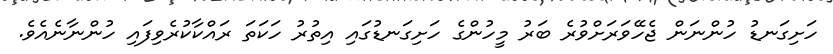
ހަށިގަނޑު ހުންނަން ޖެހޭވަރަށްވުރެ ބަރު މީހުންގެ ހަށިގަނޑުގައި އިތުރު ހަކަތަ ރައްކާކުރެވިފައި ހުންނާނެއެވެ.